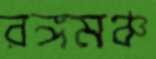
রঙ্গমঞ্চ